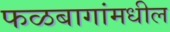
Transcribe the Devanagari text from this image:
फळबागांमधील